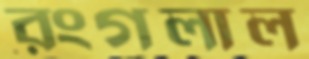
রংগলাল